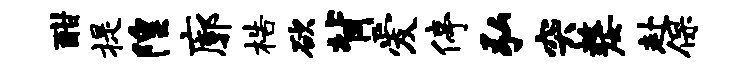
酣提隍廓梏欲背爱停弘突嫠赴保